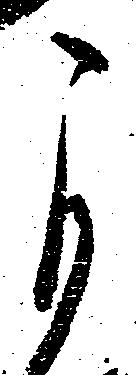
自